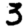
Digit: 3